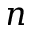
\boldsymbol { n }